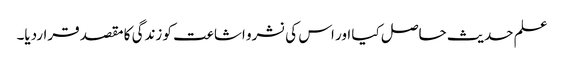
علم حدیث حاصل کیا اور اس کی نشرو اشاعت کو زندگی کا مقصد قراردیا۔